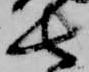
長